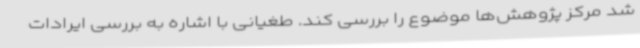
شد مرکز پژوهش‌ها موضوع را بررسی کند. طغیانی با اشاره به بررسی ایرادات